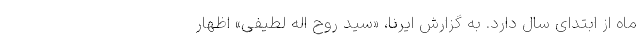
ماه از ابتدای سال دارد. به گزارش ایرنا، «سید روح اله لطیفی» اظهار